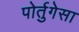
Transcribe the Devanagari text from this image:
पोर्तुगेसा